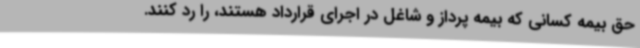
حق بیمه کسانی که بیمه پرداز و شاغل در اجرای قرارداد هستند، را رد کنند.